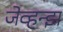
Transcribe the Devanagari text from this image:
जेव्हन्झ